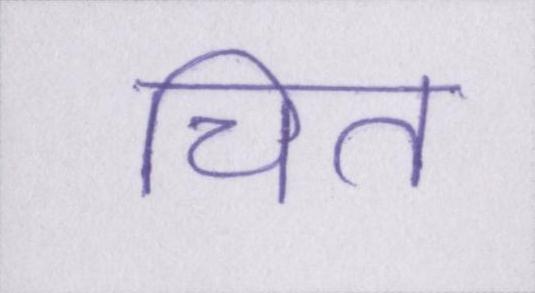
चित